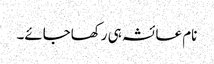
نام عائشہ ہی رکھاجائے۔